Report of the Indian Hemp Drugs Commission, 1894-1895 - Volume VII
Year: 1894
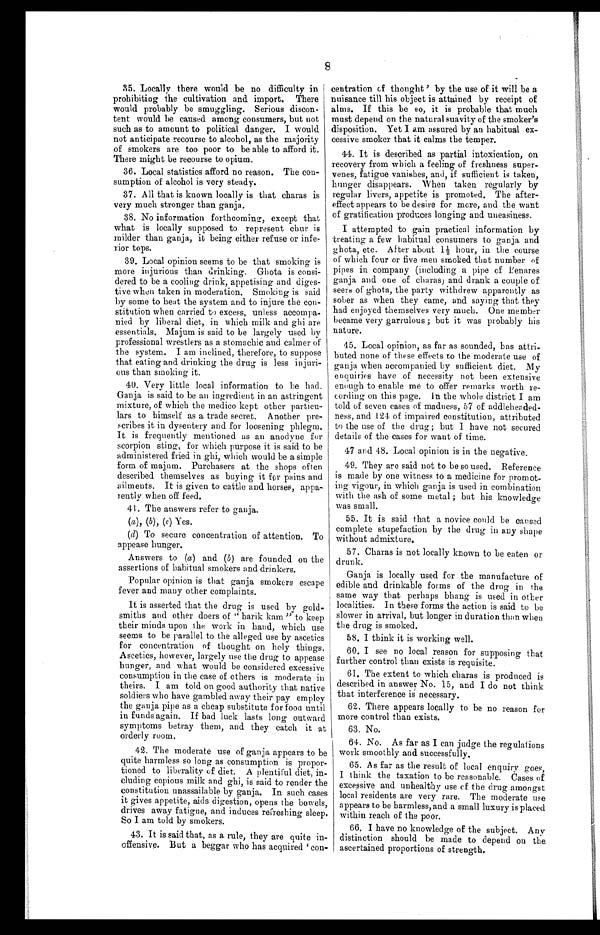
8
35. Locally there would be no difficulty in
prohibiting the cultivation and import. There
would probably be smuggling. Serious discon-
tent would be caused among consumers, but not
such as to amount to political danger. I would
not anticipate recourse to alcohol, as the majority
of smokers are too poor to be able to afford it.
There might be recourse to opium.
36. Local statistics afford no reason. The con
-sumption of alcohol is very steady.
37. All that is known locally is that charas is
very much stronger than ganja.
38. No information forthcoming, except that
what is locally supposed to represent chur is
milder than ganja, it being either refuse or infe-
rior tops.
39. Local opinion seems to be that smoking is
more injurious than drinking. Ghota is consi-
dered to be a cooling drink, appetising and diges-
tive when taken in moderation. Smoking is said
by some to heat the system and to injure the con-
stitution when carried to excess, unless accompa-
nied by liberal diet, in which milk and ghi are
essentials. Majum is said to be largely used by
professional wrestlers as a stomachic and calmer of
the system. I am inclined, therefore, to suppose
that eating and drinking the drug is less injuri-
ous than smoking it.
40. Very little local information to be had.
Ganja is said to be an ingredient in an astringent
mixture, of which the medico kept other particu-
lars to himself as a trade secret. Another pre-
scribes it in dysentery and for loosening phlegm.
It is frequently mentioned as an anodyne for
scorpion sting, for which purpose it is said to be
administered fried in ghi, which would be a simple
form of majum. Purchasers at the shops often
described themselves as buying it for pains and
ailments. It is given to cattle and horses, appa-
rently when off feed.
41. The answer s r ef er t o ganj a.
(a), (b) , ( c ) Yes.
( d) To secure concentration of attention.
To appease hunger.
Answers to (a ) and (b) are founded on an
assertions of habitual smokers and drinkers.
Popular opinion is that ganja smokers escape
fever and many other complaints.
It is asserted that the drug is used by gold
smiths and other doers of "barik kam" to kee
p their minds upon the work in hand, which use
seems to be parallel to the alleged use by ascetic
s for concentration of thought on holy things
Ascetics, however, largely use the drug to appease
hunger, and what would be considered excessive
consumption in the case of others is moderate i
n theirs. I am told on good authority that nativ
e soldiers who have gambled away their pay employ
the ganja pipe as a cheap substitute for food until
in funds again. If bad luck lasts long outward
symptoms betray them, and they catch it at
orderly room.
42. The moderate use of ganja appears to be
quite harmless so long as consumption is propor-
tioned to liberality of diet. A plentiful diet, in-
cluding copious milk and ghi, is said to render t
he constitution unassailable by ganja. In such cases
it gives appetite, aids digestion, opens the bowels,
drives away fatigue, and induces refreshing sle
ep. So I am told by smokers.
43. It is said that, as a rule, they are quite in-
offensive. But a beggar who has acquired 'con-
centration cf thought' by the use of it will be a
nuisance till his object is attained by receipt of
alms. If this be so, it is probable that much
must depend on the natural suavity of the smoker's
disposition. Yet I am assured by an habitual ex-
cessive smoker that it calms the temper.
44. It is described as partial intoxication, on
recovery from which a feeling of freshness super-
venes, fatigue vanishes, and, if sufficient is taken,
hunger disappears. When taken regularly by
regular livers, appetite is promoted. The after-
effect appears to be desire for more, and the want
of gratification produces longing and uneasiness.
I attempted to gain practical information by
treating a few habitual consumers to ganja and
ghota, etc. After about 1½ hour, in the course
of which four or five men smoked that number of
pipes in company (including a pipe of Penares
ganja and one of claras) and drank a couple of
seers of ghota, the party withdrew apparently as
sober as when they came, and saying that they
had enjoyed themselves very much. One member
became very garrulous ; but it was probably his
nature.
45. Local opinion, as far as sounded, has attri-
buted none of these effects to the moderate use of
ganja when accompanied by sufficient diet. My
enquiries have of necessity not been extensive
enough to enable me to offer remarks worth re-
cording on this page. In the whole district I am
told of seven cases of madness, 57 of addleheaded-
ness, and 124 of impaired constitution, attributed
to the use of the drug ; but I have not secured
details of the cases for want of time.
47 and 48. Local opinion is in the negative.
49. They are said not to be so used. Reference
is made by one witness to a medicine for promot-
ing vigour, in which ganja is used in combination
with the ash of some metal ; but his knowledge
was small.
55. It is said that a novice could be caused
complete stupefaction by the drug in any shape
without admixture.
57. Charas is not locally known to be eaten or
drunk.
Ganja is locally used for the manufacture of
edible and drinkable forms of the drug in the
same way that perhaps bhang is used in other
localities. In these forms the action is said to be
slower in arrival, but longer in duration than when
the drug is smoked.
58. I think it is working well.
60. I see no local reason for supposing that
further control than exists is requisite.
61. The extent to which charas is produced is
described in answer No. 15, and I do not think
that interference is necessary.
62. There appears locally to be no reason for
more control than exists.
6 3 . N o .
64. No. As far as I can judge the regulations
work smoothly and successfully.
65. As far as the result of local enquiry goes,
I think the taxation to be reasonable. Cases of
excessive and unhealthy use of the drug amongst
local residents are very rare. The moderate use
appears to be harmless, and a small luxury is placed
within reach of the poor.
66. I have no knowledge of the subject. Any
distinction should be made to depend on the
ascertained proportions of strength.